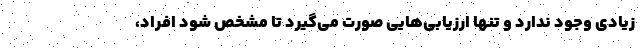
زیادی وجود ندارد و تنها ارزیابی‌هایی صورت می‌گیرد تا مشخص شود افراد،